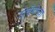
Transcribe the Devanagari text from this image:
टोबॅगोच्या